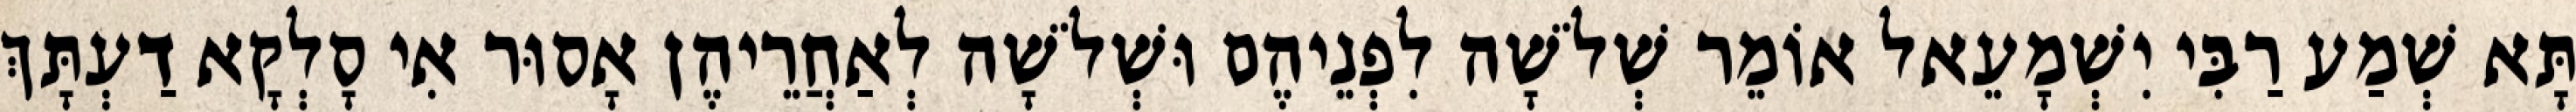
תָּא שְׁמַע רַבִּי יִשְׁמָעֵאל אוֹמֵר שְׁלֹשָׁה לִפְנֵיהֶם וּשְׁלֹשָׁה לְאַחֲרֵיהֶן אָסוּר אִי סָלְקָא דַעְתָּךְ